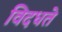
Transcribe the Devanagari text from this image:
विदधते